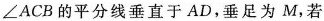
∠ACB的平分线垂直于AD，垂足为M，若